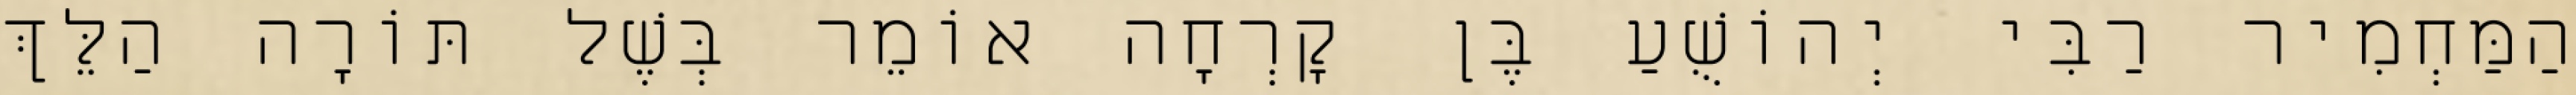
הַמַּחְמִיר רַבִּי יְהוֹשֻׁעַ בֶּן קׇרְחָה אוֹמֵר בְּשֶׁל תּוֹרָה הַלֵּךְ